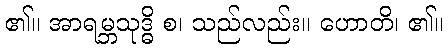
၏။ အာရမ္ဘသုဒ္ဓိ စ၊ သည်လည်း။ ဟောတိ၊ ၏။